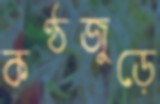
কণ্ঠজুড়ে